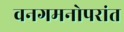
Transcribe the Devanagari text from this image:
वनगमनोपरांत